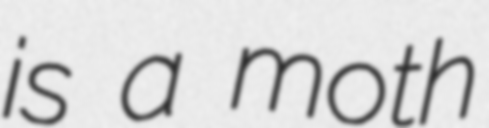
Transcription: is a moth